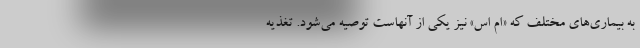
به بیماری‌های مختلف که «ام اس» نیز یکی از آنهاست توصیه می‌شود. تغذیه